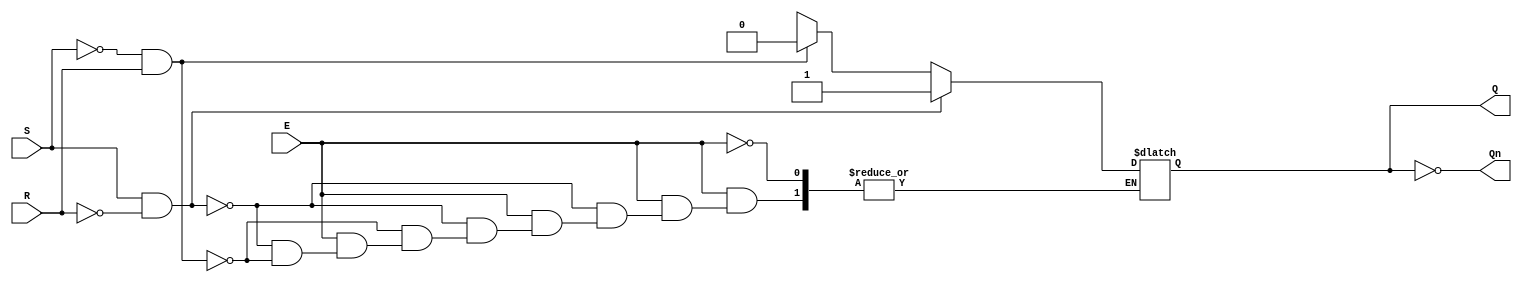
module gated_sr_latch (
    input wire S,    // Set input
    input wire R,    // Reset input
    input wire E,    // Enable input
    output reg Q,    // Output Q
    output wire Qn   // Complementary output Q'
);

    // Assign Q' as the complement of Q
    assign Qn = ~Q;

    // Always block triggered on changes of S, R, or E
    always @(*) begin
        if (E) begin
            if (S && ~R) begin
                Q = 1'b1;  // Set Q to 1
            end else if (~S && R) begin
                Q = 1'b0;  // Reset Q to 0
            end else if (~S && ~R) begin
                // Hold state: do nothing, Q retains its previous value
                Q = Q;     // Retain previous state
            end else begin
                // Invalid state: both S and R are 1
                // This can be handled by either forcing a state or ignoring
                // For simplicity, we won't change Q in this case
                // Q = Q; // Retain previous state (optional)
            end
        end else begin
            // When E is low, hold the current state
            Q = Q; // Retain previous state
        end
    end

endmodule